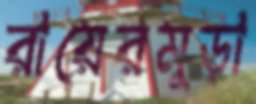
রায়েরমুড়া